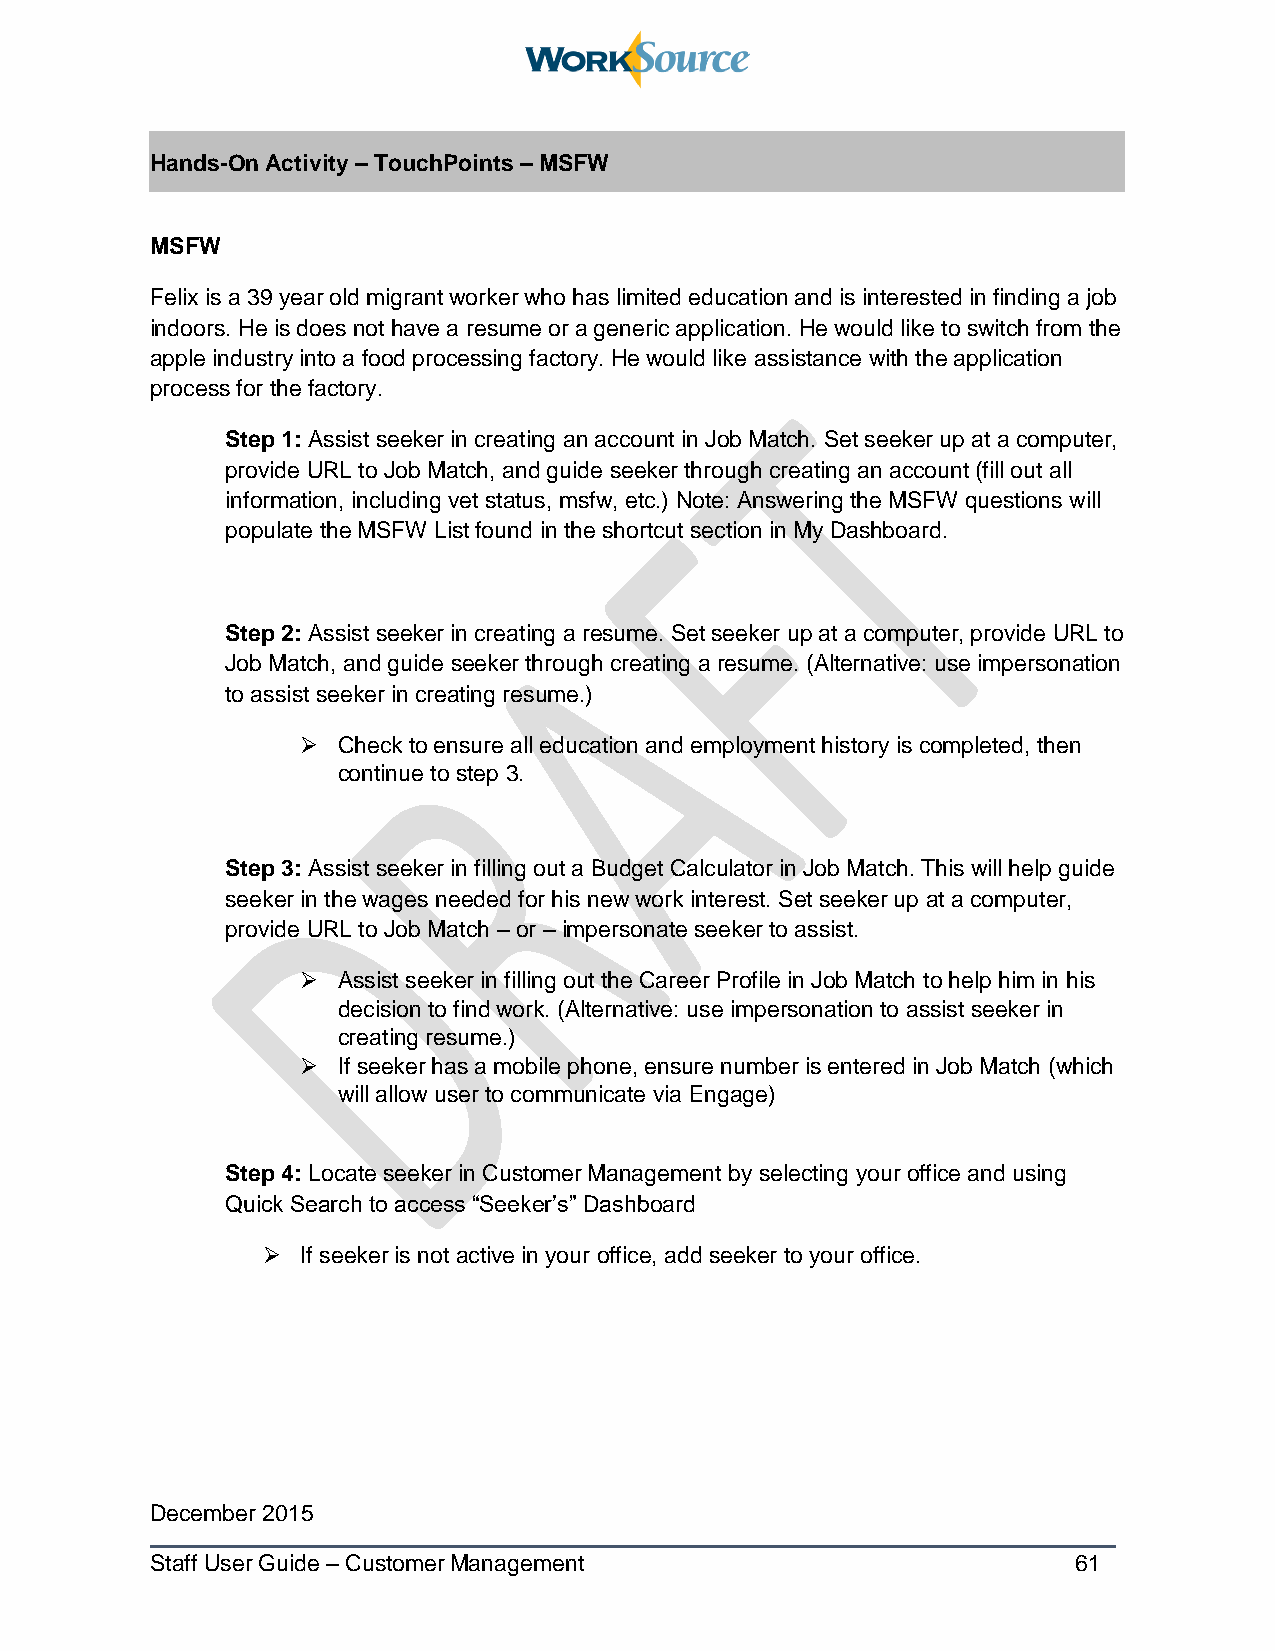
Hands-On Activity – TouchPoints – MSFW
 MSFW
 Felix is a 39 year old migrant worker who has limited education and is interested in finding a job
 indoors. He is does not have a resume or a generic application. He would like to switch from the
 apple industry into a food processing factory. He would like assistance with the application
 process for the factory.
 Step 1: Assist seeker in creating an account in Job Match. Set seeker up at a computer,
 provide URL to Job Match, and guide seeker through creating an account (fill out all
 information, including vet status, msfw, etc.) Note: Answering the MSFW questions will
 populate the MSFW List found in the shortcut section in My Dashboard.
 Step 2: Assist seeker in creating a resume. Set seeker up at a computer, provide URL to
 Job Match, and guide seeker through creating a resume. (Alternative: use impersonation
 to assist seeker in creating resume.)
  Check to ensure all education and employment history is completed, then
 continue to step 3.
 Step 3: Assist seeker in filling out a Budget Calculator in Job Match. This will help guide
 seeker in the wages needed for his new work interest. Set seeker up at a computer,
 provide URL to Job Match – or – impersonate seeker to assist.
  Assist seeker in filling out the Career Profile in Job Match to help him in his
 decision to find work. (Alternative: use impersonation to assist seeker in
 creating resume.)
  If seeker has a mobile phone, ensure number is entered in Job Match (which
 will allow user to communicate via Engage)
 Step 4: Locate seeker in Customer Management by selecting your office and using
 Quick Search to access “Seeker’s” Dashboard
   If seeker is not active in your office, add seeker to your office.
 December 2015
 Staff User Guide – Customer Management                       61